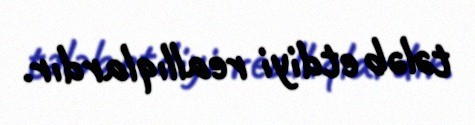
tələb etdiyi reallıqlardır.